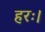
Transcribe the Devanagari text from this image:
हरः।